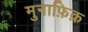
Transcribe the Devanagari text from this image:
मुनाफ़िक़